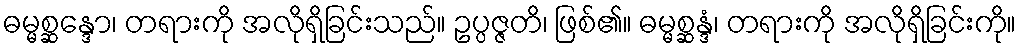
ဓမ္မစ္ဆန္ဒော၊ တရားကို အလိုရှိခြင်းသည်။ ဥပ္ပဇ္ဇတိ၊ ဖြစ်၏။ ဓမ္မစ္ဆန္ဒံ၊ တရားကို အလိုရှိခြင်းကို။